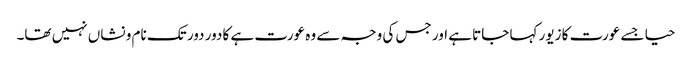
حیا جسے عورت کا زیور کہا جاتا ہے اور جس کی وجہ سے وہ عورت ہے کا دور دور تک نام و نشاں نہیں تھا۔